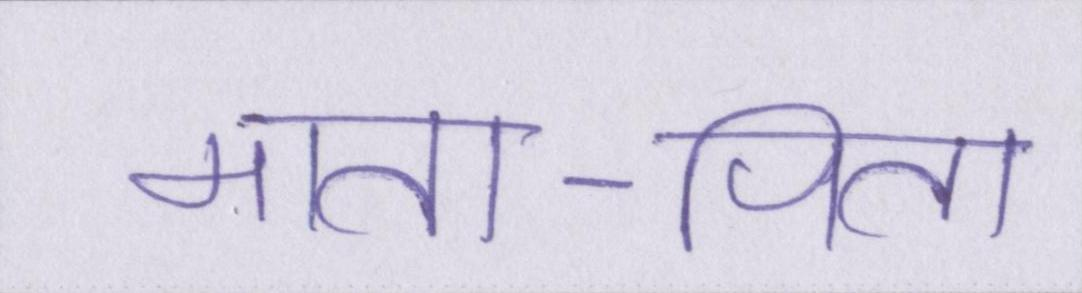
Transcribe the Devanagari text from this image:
माता-पिता